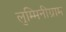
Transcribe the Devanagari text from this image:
लुम्मिनीग्राम